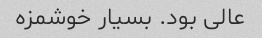
عالی بود. بسیار خوشمزه